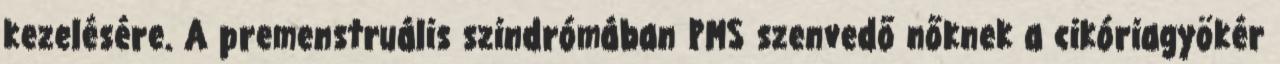
kezelésére. A premenstruális szindrómában PMS szenvedő nőknek a cikóriagyökér